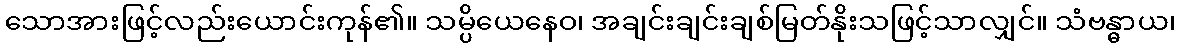
သောအားဖြင့်လည်းယောင်းကုန်၏။ သမ္ပိယေနေဝ၊ အချင်းချင်းချစ်မြတ်နိုးသဖြင့်သာလျှင်။ သံဗန္ဓာယ၊